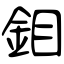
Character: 鉬